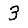
Digit: 3